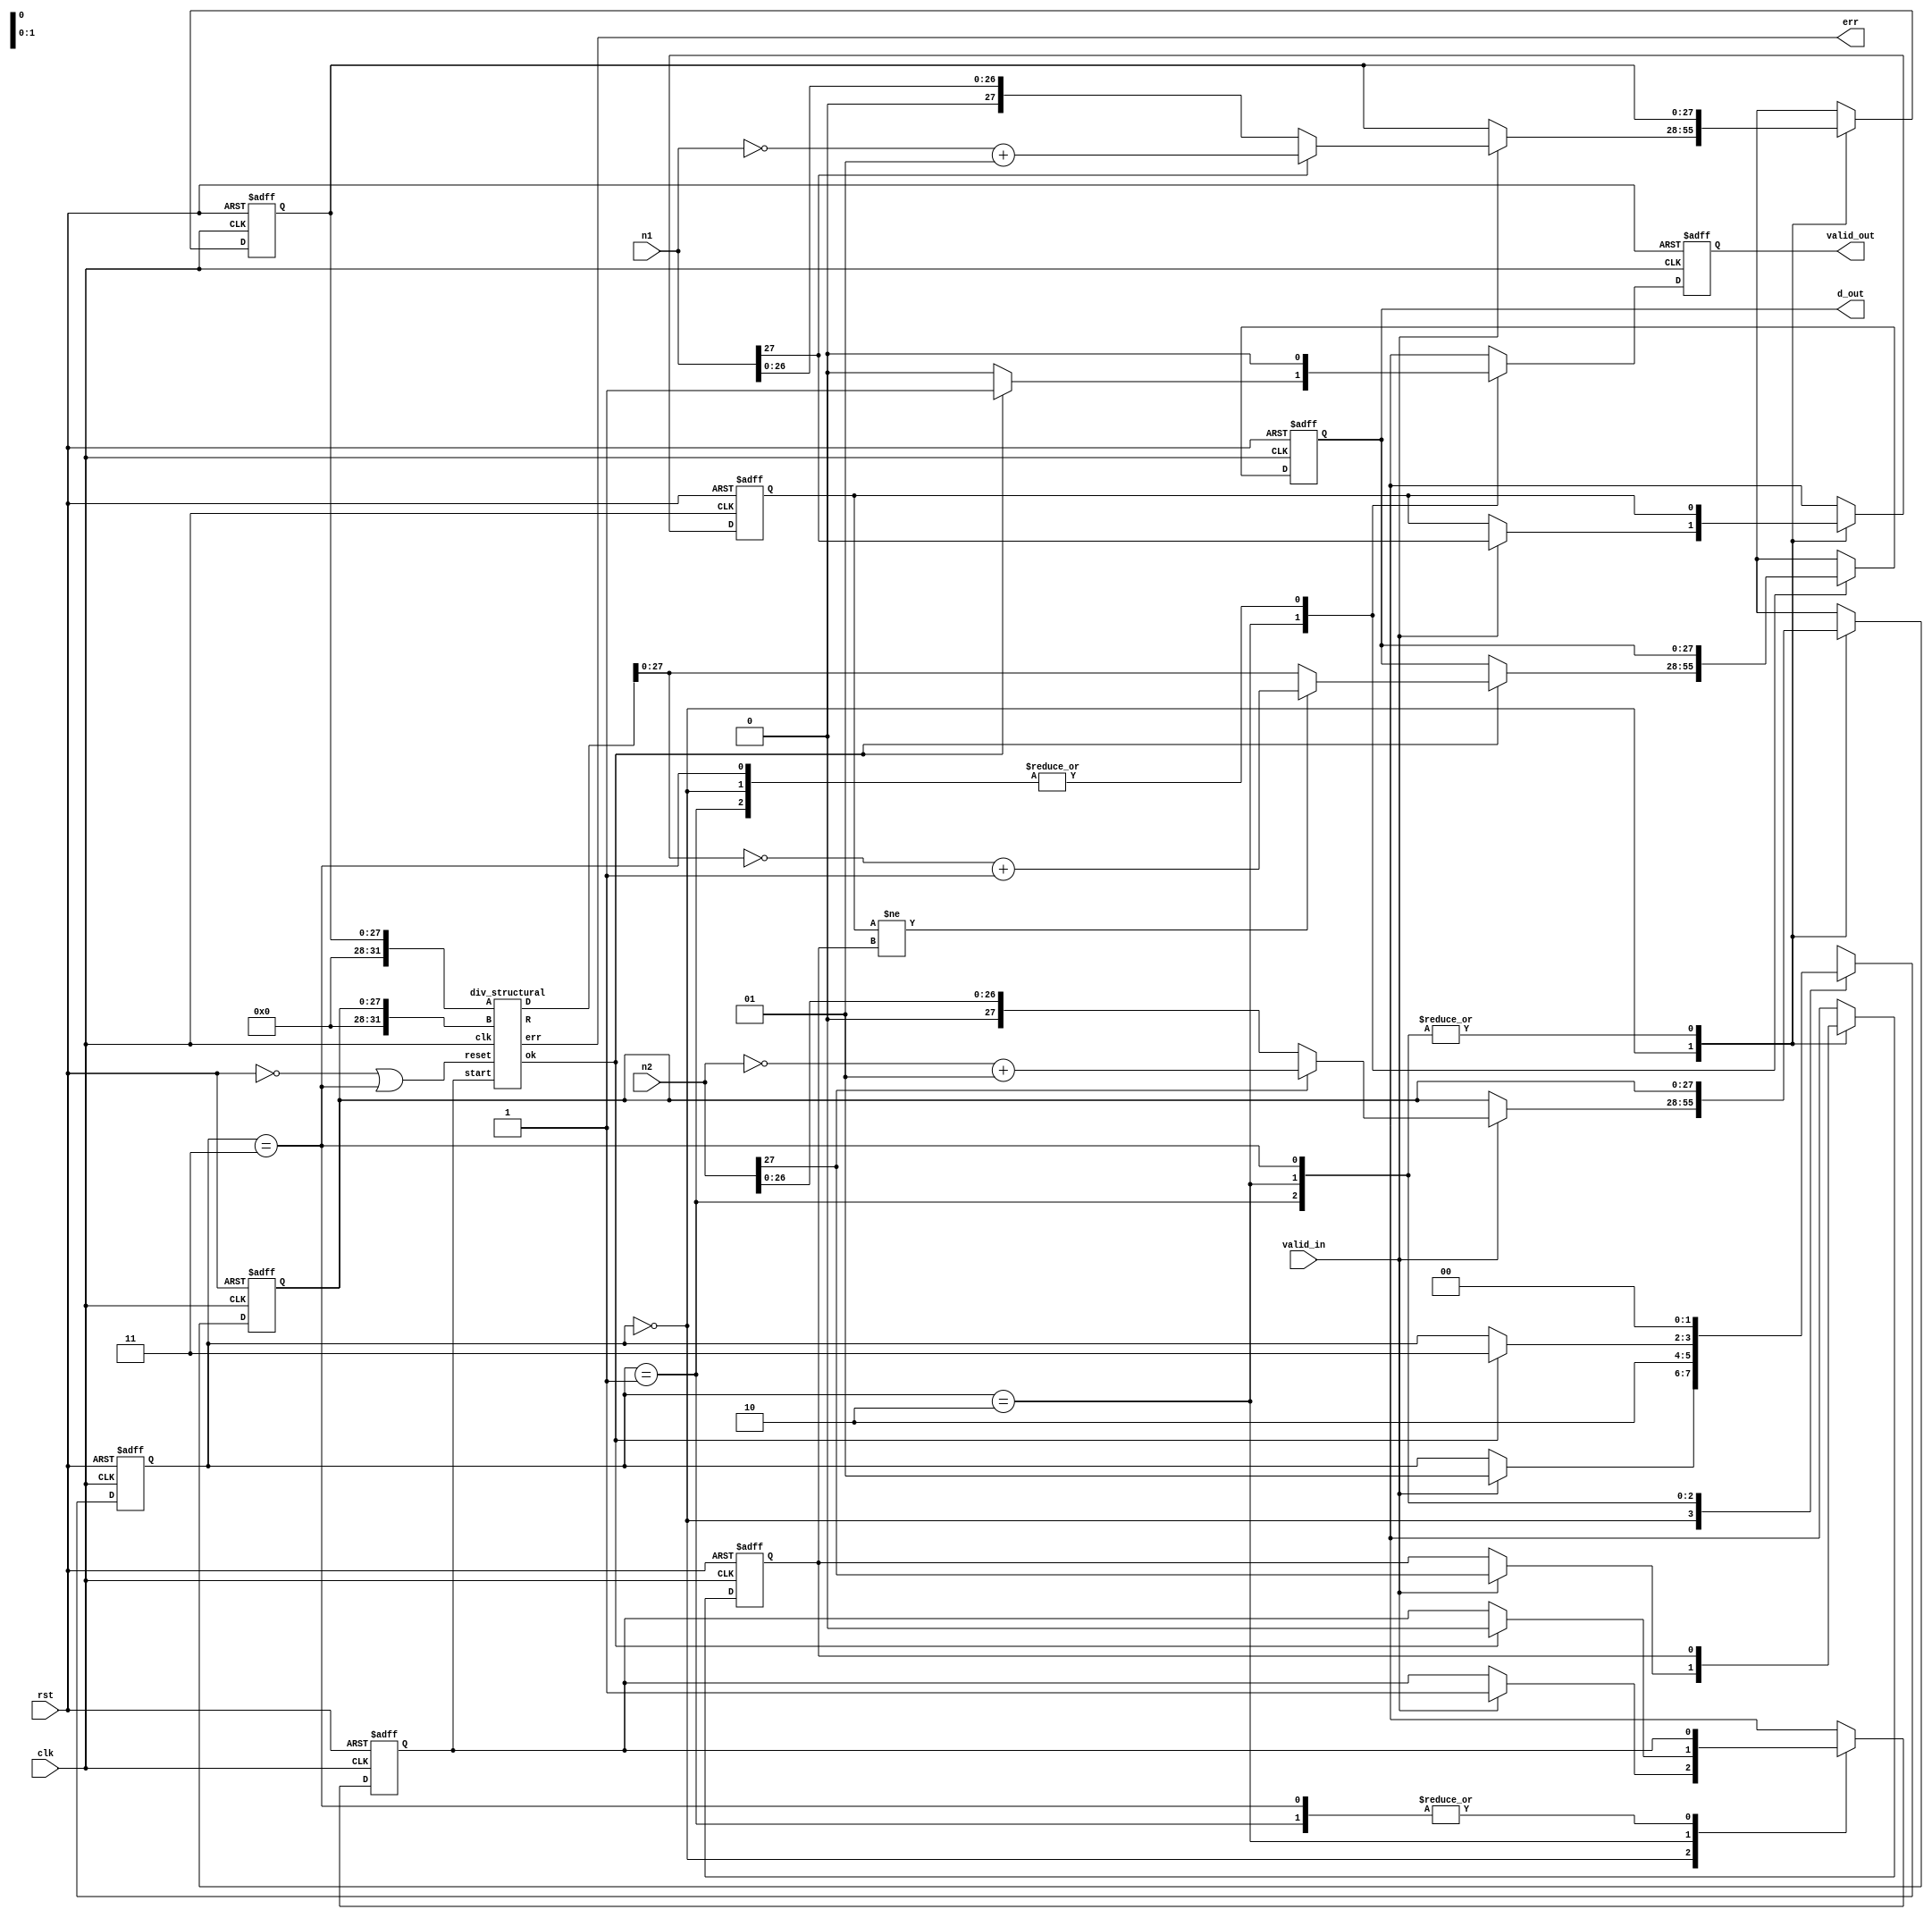

module impartire(

 input signed [27:0] n1,  //numar in C2 27b + 1 bit de semn
 input signed [27:0] n2,  //numar in C2 27b + 1 bit de semn
 input valid_in,  
 input clk,
 input rst,
 output valid_out,
 output err,   
 output signed  [27:0] d_out  

);


reg [1:0]state_nxt, state_ff;
reg start_nxt,start_ff;
reg valid_out_nxt,valid_out_ff;
wire ok;
wire start;
reg        sign_a_ff,sign_a_nxt,sign_b_ff,sign_b_nxt;
reg [27:0] dat_a_ff,dat_a_nxt,dat_b_ff,dat_b_nxt,d_out_ff,d_out_nxt;
wire [31:0] result_t;

assign start=start_ff;
assign valid_out=valid_out_ff;
assign d_out=d_out_ff;
wire rst_in_beetw;
assign rst_in_beetw = (state_ff==2'd3);




      div_structural div_structural_i (  
           .clk(clk),   
           .start(start),  
           .reset(~rst | rst_in_beetw),  
           .A({4'd0,dat_a_ff}),   
           .B({4'd0,dat_b_ff}),   
           .D(result_t),   
           .R(),   
           .ok(ok),  
           .err(err)  
      );  




always @(*) begin
	
	state_nxt=state_ff;
	start_nxt=start_ff;
	sign_a_nxt=sign_a_ff;
	sign_b_nxt=sign_b_ff;
	dat_a_nxt=dat_a_ff;
	dat_b_nxt=dat_b_ff;
	valid_out_nxt=1'b0;

	d_out_nxt=d_out_ff;
	

	case(state_ff)
	0: begin
	  if(valid_in) begin
		start_nxt=1'b1;
		state_nxt=2'd1;
		dat_a_nxt = n1[27]? ~n1+1 : n1;
		dat_b_nxt=n2[27]? ~n2+1 : n2;
		sign_a_nxt=n1[27];
		sign_b_nxt=n2[27];
	  end
	end
	
	1: begin

		state_nxt=2'd2;  //wait for ok to go  away after start
	end
	

	
	
	2: begin
		if(ok) begin
			start_nxt=0;
			state_nxt=2'd3;
			valid_out_nxt=1'b1;
			if(sign_a_ff!=sign_b_ff) begin
			
			d_out_nxt=~result_t[27:0]+1;
			end
			
			else begin
			
			d_out_nxt=result_t[27:0];
			end
			
		end
	end
	3:begin
		state_nxt=2'd0;
		

	
	end
	endcase

end



always @(posedge clk, negedge rst) begin
	if(!rst) begin
		state_ff<=0;
		start_ff<=0;
	    sign_a_ff<=0;
	    sign_b_ff<=0;
		valid_out_ff<=0;
		dat_a_ff<=0;
		dat_b_ff<=0;
	    d_out_ff<=0;

	end else begin
		state_ff<=state_nxt;
		start_ff<=start_nxt;
		sign_a_ff<=sign_a_nxt;
		sign_b_ff<=sign_b_nxt;
		valid_out_ff<=valid_out_nxt;
		dat_a_ff<=dat_a_nxt;
		dat_b_ff<=dat_b_nxt;
		d_out_ff=d_out_nxt;

	end

end

endmodule
 module div_structural(  
   input      clk,  
   input      reset,  
   input      start,  
   input [31:0]  A,  
   input [31:0]  B,  
   output [31:0]  D,  
   output [31:0]  R,  
   output     ok ,   // =1 when ready to get the result   
   output err  
   );  
   reg          active;   // True if the divider is running  
   reg [4:0]    cycle;   // Number of cycles to go  
   reg [31:0]   result;   // Begin with A, end with D  
   reg [31:0]   denom;   // B  
   reg [31:0]   work;    // Running R  
   // Calculate the current digit  
   wire [32:0]   sub = { work[30:0], result[31] } - denom;  
       assign err = !B;  
   // Send the results to our master  
   assign D = result;  
   assign R = work;  
   assign ok = ~active;
   // The state machine  
   always @(posedge clk,posedge reset) begin  
     if (reset) begin  
       active <= 0;  
       cycle <= 0;  
       result <= 0;  
       denom <= 0;  
       work <= 0;  
     end  
     else if(start) begin  
       if (active) begin  
         // Run an iteration of the divide.  
         if (sub[32] == 0) begin  
           work <= sub[31:0];  
           result <= {result[30:0], 1'b1};  
         end  
         else begin  
           work <= {work[30:0], result[31]};  
           result <= {result[30:0], 1'b0};  
         end  
         if (cycle == 0) begin  
           active <= 0;  
         end  
         cycle <= cycle - 5'd1;  
       end  
       else begin  
         // Set up for an unsigned divide.  
         cycle <= 5'd31;  
         result <= A;  
         denom <= B;  
         work <= 32'b0;  
         active <= 1;  
       end  
     end  
   end  
 endmodule